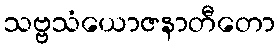
သဗ္ဗသံယောဇနာတီတော